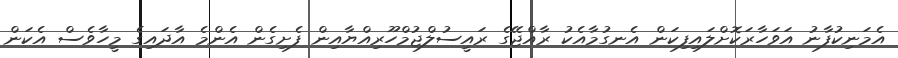
އެމަނިކުފާނު އަވަހާރަކޮށްލައިފިކަން އެނގުމާއެކު ރާއްޖޭގެ ރައީސުލްޖުމްހޫރިއްޔާއިން ފެށިގެން އެންމެ އާދައިގެ މީހާވެސް އެކަން